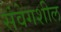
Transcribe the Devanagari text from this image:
संवेगशील